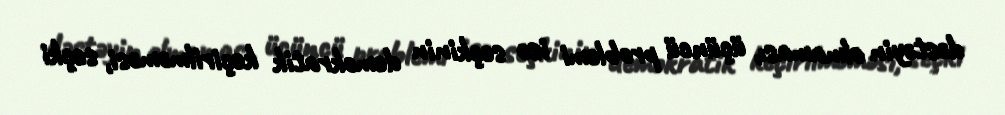
dəstəyin olmaması, üçüncü problemi isə seçkinin demokratik keçirilməməsi, seçki